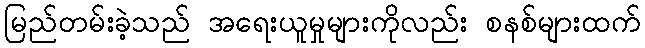
မြည်တမ်းခဲ့သည် အရေးယူမှုများကိုလည်း စနစ်များထက်